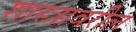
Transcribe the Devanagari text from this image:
शास्त्रावरील